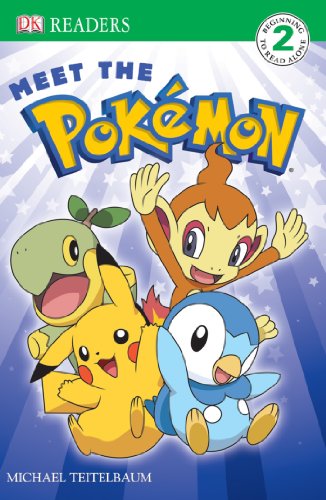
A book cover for Meet the Pokemon (DK Reader - Level 2); BradyGames; Computers & Technology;